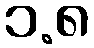
၁.၈